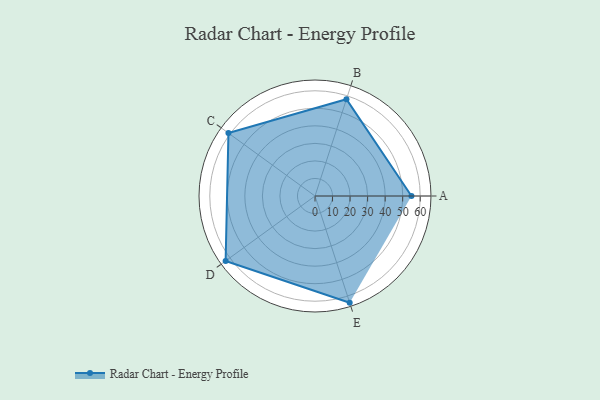
{"axis": {"x": "Skill", "y": "Score"}, "legend": ["Profile"], "data": [{"x": "A", "y": 55.0, "type": "Profile"}, {"x": "B", "y": 58.0, "type": "Profile"}, {"x": "C", "y": 61.0, "type": "Profile"}, {"x": "D", "y": 63.0, "type": "Profile"}, {"x": "E", "y": 64.0, "type": "Profile"}]}